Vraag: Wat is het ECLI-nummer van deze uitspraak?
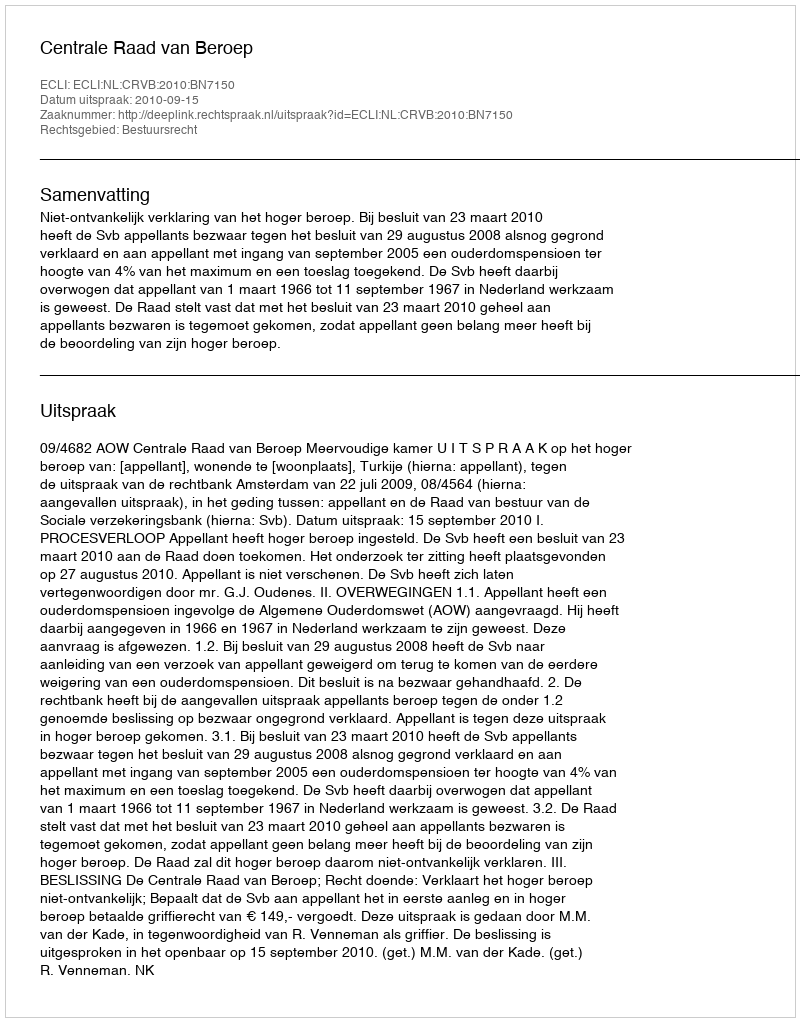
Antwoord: ECLI:NL:CRVB:2010:BN7150